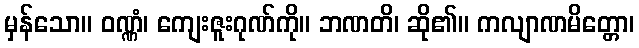
မှန်သော။ ဝဏ္ဏံ၊ ကျေးဇူးဂုဏ်ကို။ ဘဏတိ၊ ဆို၏။ ကလျာဏမိတ္တော၊